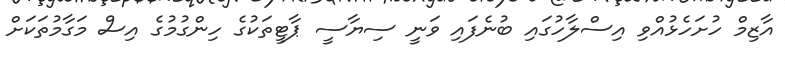
އާޒިމް ހުށަހެޅުއްވި އިސްލާހުގައި ބުނެފައި ވަނީ ސިޔާސީ ޕާޓީތަކުގެ ހިންގުމުގެ އިސް މަގާމުތަކަށް